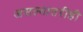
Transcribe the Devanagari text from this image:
असल्यातरीही